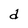
Character: d